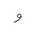
Letter: _waw